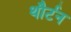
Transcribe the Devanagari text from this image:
थौर्टन